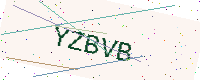
Text: YZBVB